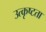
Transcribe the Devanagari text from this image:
उत्कृष्‍टता